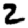
Digit: 2